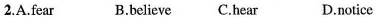
2.A.Fear B.Believe C.HearD.Notice